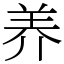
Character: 养